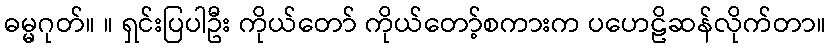
ဓမ္မဂုတ်။ ။ ရှင်းပြပါဦး ကိုယ်တော် ကိုယ်တော့်စကားက ပဟေဠိဆန်လိုက်တာ။